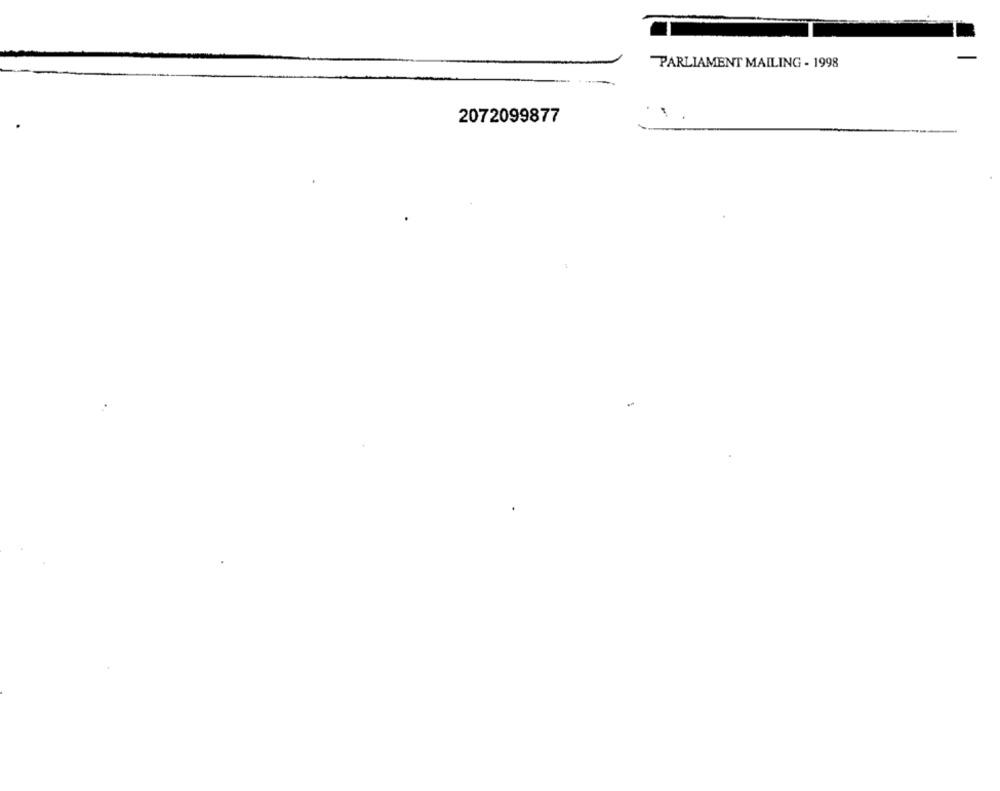
PARLIAMENT MAILING - 1998
2072099877